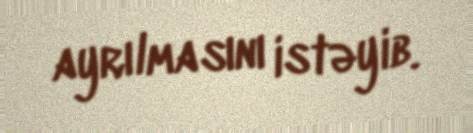
ayrılmasını istəyib.